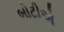
બોટીએ